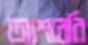
আশাবরি